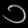
Digit: ၁